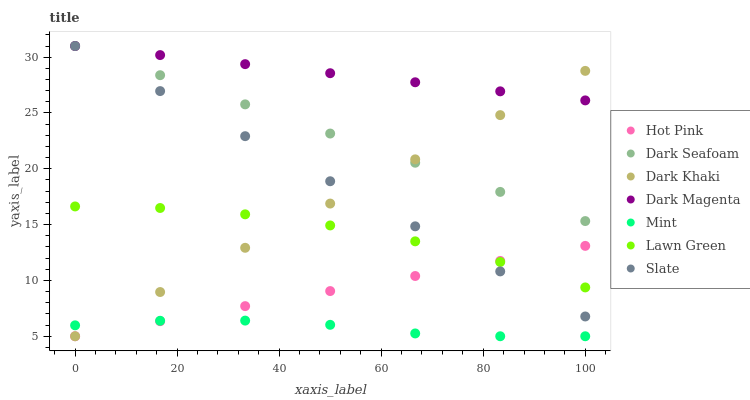
| xaxis_label | Hot Pink | Dark Seafoam | Dark Khaki | Dark Magenta | Mint | Lawn Green | Slate |
 | --- | --- | --- | --- | --- | --- | --- | --- |
 | 0 | 5 | 31 | 5 | 31 | 5.98 | 16.6 | 31 |
 | 16.7 | 6.35 | 28.4 | 8.96 | 30.2 | 6.39 | 16.5 | 27 |
 | 33.3 | 7.7 | 25.8 | 12.9 | 29.4 | 6.4 | 15.9 | 22.9 |
 | 50 | 9.05 | 23.2 | 16.9 | 28.6 | 6.02 | 14.9 | 18.9 |
 | 66.7 | 10.4 | 20.5 | 20.8 | 27.8 | 5.25 | 13.5 | 14.8 |
 | 83.3 | 11.7 | 17.9 | 24.8 | 26.9 | 5 | 11.7 | 10.8 |
 | 100 | 13.1 | 15.3 | 28.8 | 26.1 | 5 | 9.37 | 6.77 |